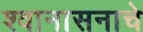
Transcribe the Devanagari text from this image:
श्वानासनाचे